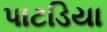
પાટડિયા